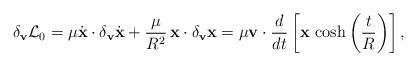
LaTeX: \begin{align*}\delta_{\bf v}{\cal L}_{0}=\mu\dot{\bf x}\cdot\delta_{\bf v}\dot{\bf x}+\frac{\mu}{R^{2}}\,{\bf x}\cdot\delta_{\bf v}{\bf x}=\mu{\bf v}\cdot\frac{d}{dt}\left[{\bf x}\,\cosh\left(\frac{t}{R}\right)\right],\end{align*}